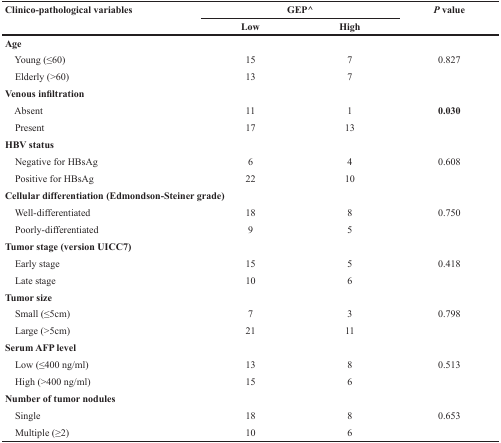
| <ROWSPAN=2> Clinico-pathological variables | <COLSPAN=2> GEP^ | <ROWSPAN=2> P value |
 | Low | High |
 | --- | --- | --- | --- |
 | <COLSPAN=4> Age |
 | Young (≤60) | 15 | 7 | 0.827 |
 | Elderly (>60) | 13 | 7 |  |
 | <COLSPAN=4> Venous infiltration |
 | Absent | 11 | 1 | 0.030 |
 | Present | 17 | 13 |  |
 | <COLSPAN=4> HBV status |
 | Negative for HBsAg | 6 | 4 | 0.608 |
 | Positive for HBsAg | 22 | 10 |  |
 | <COLSPAN=4> Cellular differentiation (Edmondson-Steiner grade) |
 | Well-differentiated | 18 | 8 | 0.750 |
 | Poorly-differentiated | 9 | 5 |  |
 | <COLSPAN=4> Tumor stage (version UICC7) |
 | Early stage | 15 | 5 | 0.418 |
 | Late stage | 10 | 6 |  |
 | <COLSPAN=4> Tumor size |
 | Small (≤5cm) | 7 | 3 | 0.798 |
 | Large (>5cm) | 21 | 11 |  |
 | <COLSPAN=4> Serum AFP level |
 | Low (≤400 ng/ml) | 13 | 8 | 0.513 |
 | High (>400 ng/ml) | 15 | 6 |  |
 | <COLSPAN=4> Number of tumor nodules |
 | Single | 18 | 8 | 0.653 |
 | Multiple (≥2) | 10 | 6 |  |